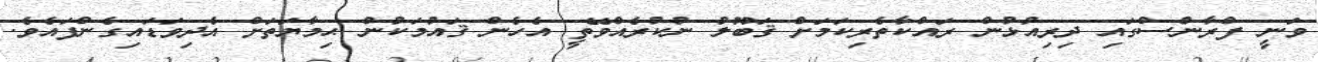
ވަނީ ފްރާންސްގައި ދިރިއުޅުން ރައްކާތެރިކަމަށް ޤަބޫލު ނުކުރެއްވޭތީ އެހެން ޤައުމަކުން ޙިމާޔަތަށް އެދިވަޑައިގެންފައެވެ.